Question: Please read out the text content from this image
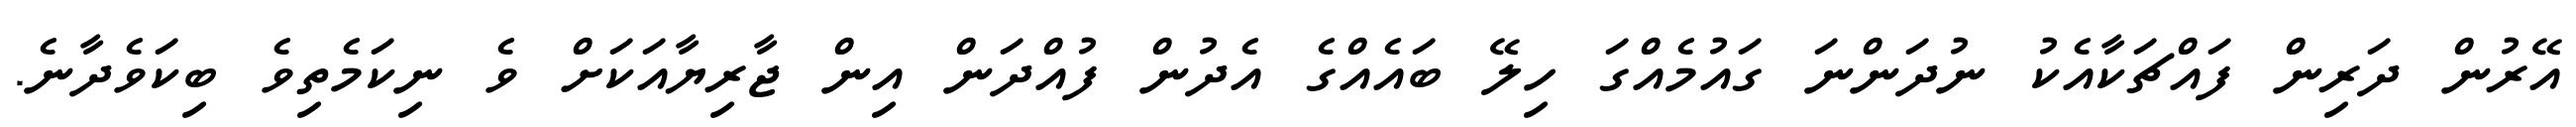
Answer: އޭރުން ދަރިން ފައްޗަކާއެކު ނުދަންނަ ގައުމެއްގަ ހިލޭ ބައެއްގެ އެދުން ފުއްދަން އިން ޖާރިޔާއަކަށް ވެ ނިކަމެތިވެ ބިކަވެދާނެ.